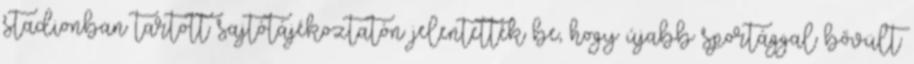
stadionban tartott sajtótájékoztatón jelentették be, hogy újabb sportággal bővült